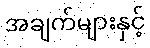
အချက်များနှင့်